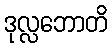
ဒုလ္လဘောတိ